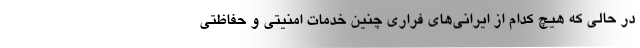
در حالی که هیچ کدام از ایرانی‌های فراری چنین خدمات امنیتی و حفاظتی